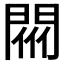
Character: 𨴟